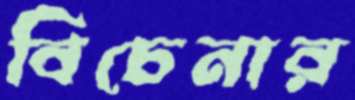
বিচেনার